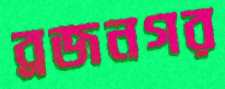
ব্রজনগর